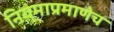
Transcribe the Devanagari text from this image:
नियमाप्रमाणेच